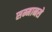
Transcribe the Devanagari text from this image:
सम्मानसे